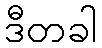
ဒီတခါ